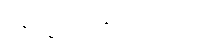
နေက္ခမ္မဆန္ဒာဘိရတော